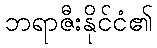
ဘရာဇီးနိုင်ငံ၏